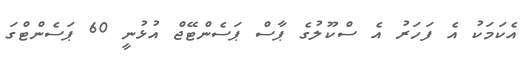
އެކަމަކު އެ ފަހަރު އެ ސްކޫލުގެ ޕާސް ޕަސެންޓޭޖް އުޅުނީ 60 ޕަސެންޓްގަ